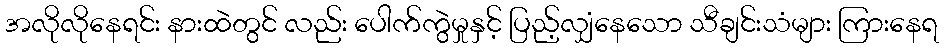
အလိုလိုနေရင်း နားထဲတွင် လည်း ပေါက်ကွဲမှုနှင့် ပြည့်လျှံနေသော သီချင်းသံများ ကြားနေရ